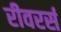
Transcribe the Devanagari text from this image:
रीवरर्स